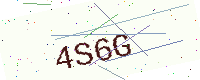
Text: 4S6G